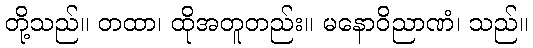
တို့သည်။ တထာ၊ ထိုအတူတည်း။ မနောဝိညာဏံ၊ သည်။